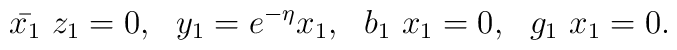
\bar{x_1} ~z_1 =0, ~~y_1=e^{-\eta} x_1, ~~ b_1~ x_1=0, ~~ g_1 ~x_1=0.